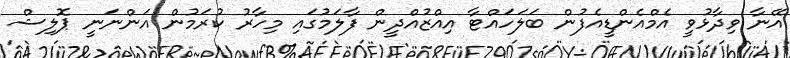
އޭނާ ވިދާޅުވީ އެމްއެންޑީއެފުން ބަލަހައްޓާ އިއްޒުއްދީން ފާލަމުގައި މިހާރު ކުރަމުން އަންނަނީ ޕޮލިޝް